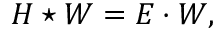
H \star W = E \cdot W ,